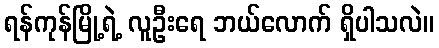
ရန်ကုန်မြို့ရဲ့ လူဦးရေ ဘယ်လောက် ရှိပါသလဲ။